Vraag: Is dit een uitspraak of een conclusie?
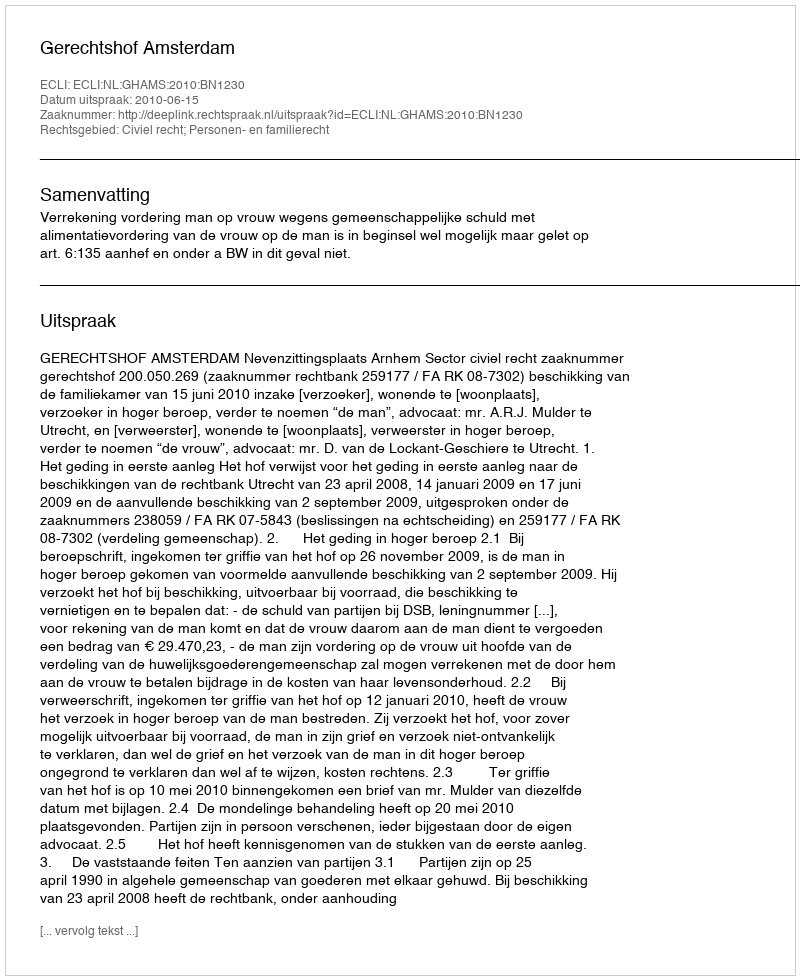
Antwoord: Uitspraak